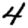
Digit: 4